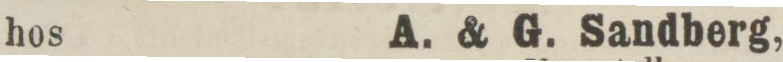
hos    A. & G. Sandberg,